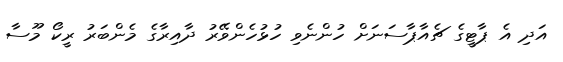
އަދި އެ ޕާޓީގެ ޗެއާޕާސަނަށް ހުންނެވި ހުޅުހެންވޭރު ދާއިރާގެ މެންބަރު ރީކޯ މޫސާ